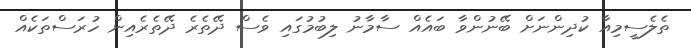
ތެލެސީމިއާ ކުދިންނަށް ބޭނުންވާ ބައެއް ސާމާނު ލިބުމުގައި ވެސް ދޭތެރެ ދޭތެރެއިން ހުރަސްތަކެއް